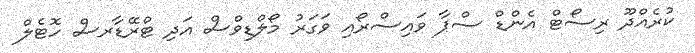
ކުރެއްދޫ ރިސޯޓް އެންޑް ސްޕާ ވައިސްރޯއި ވަގަރު މޯލްޑިވްސް އަދި ޓްރޭޑާރސް ހޮޓެލް